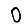
Digit: 0